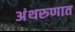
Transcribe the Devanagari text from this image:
अंथरुणात